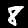
Label: 8